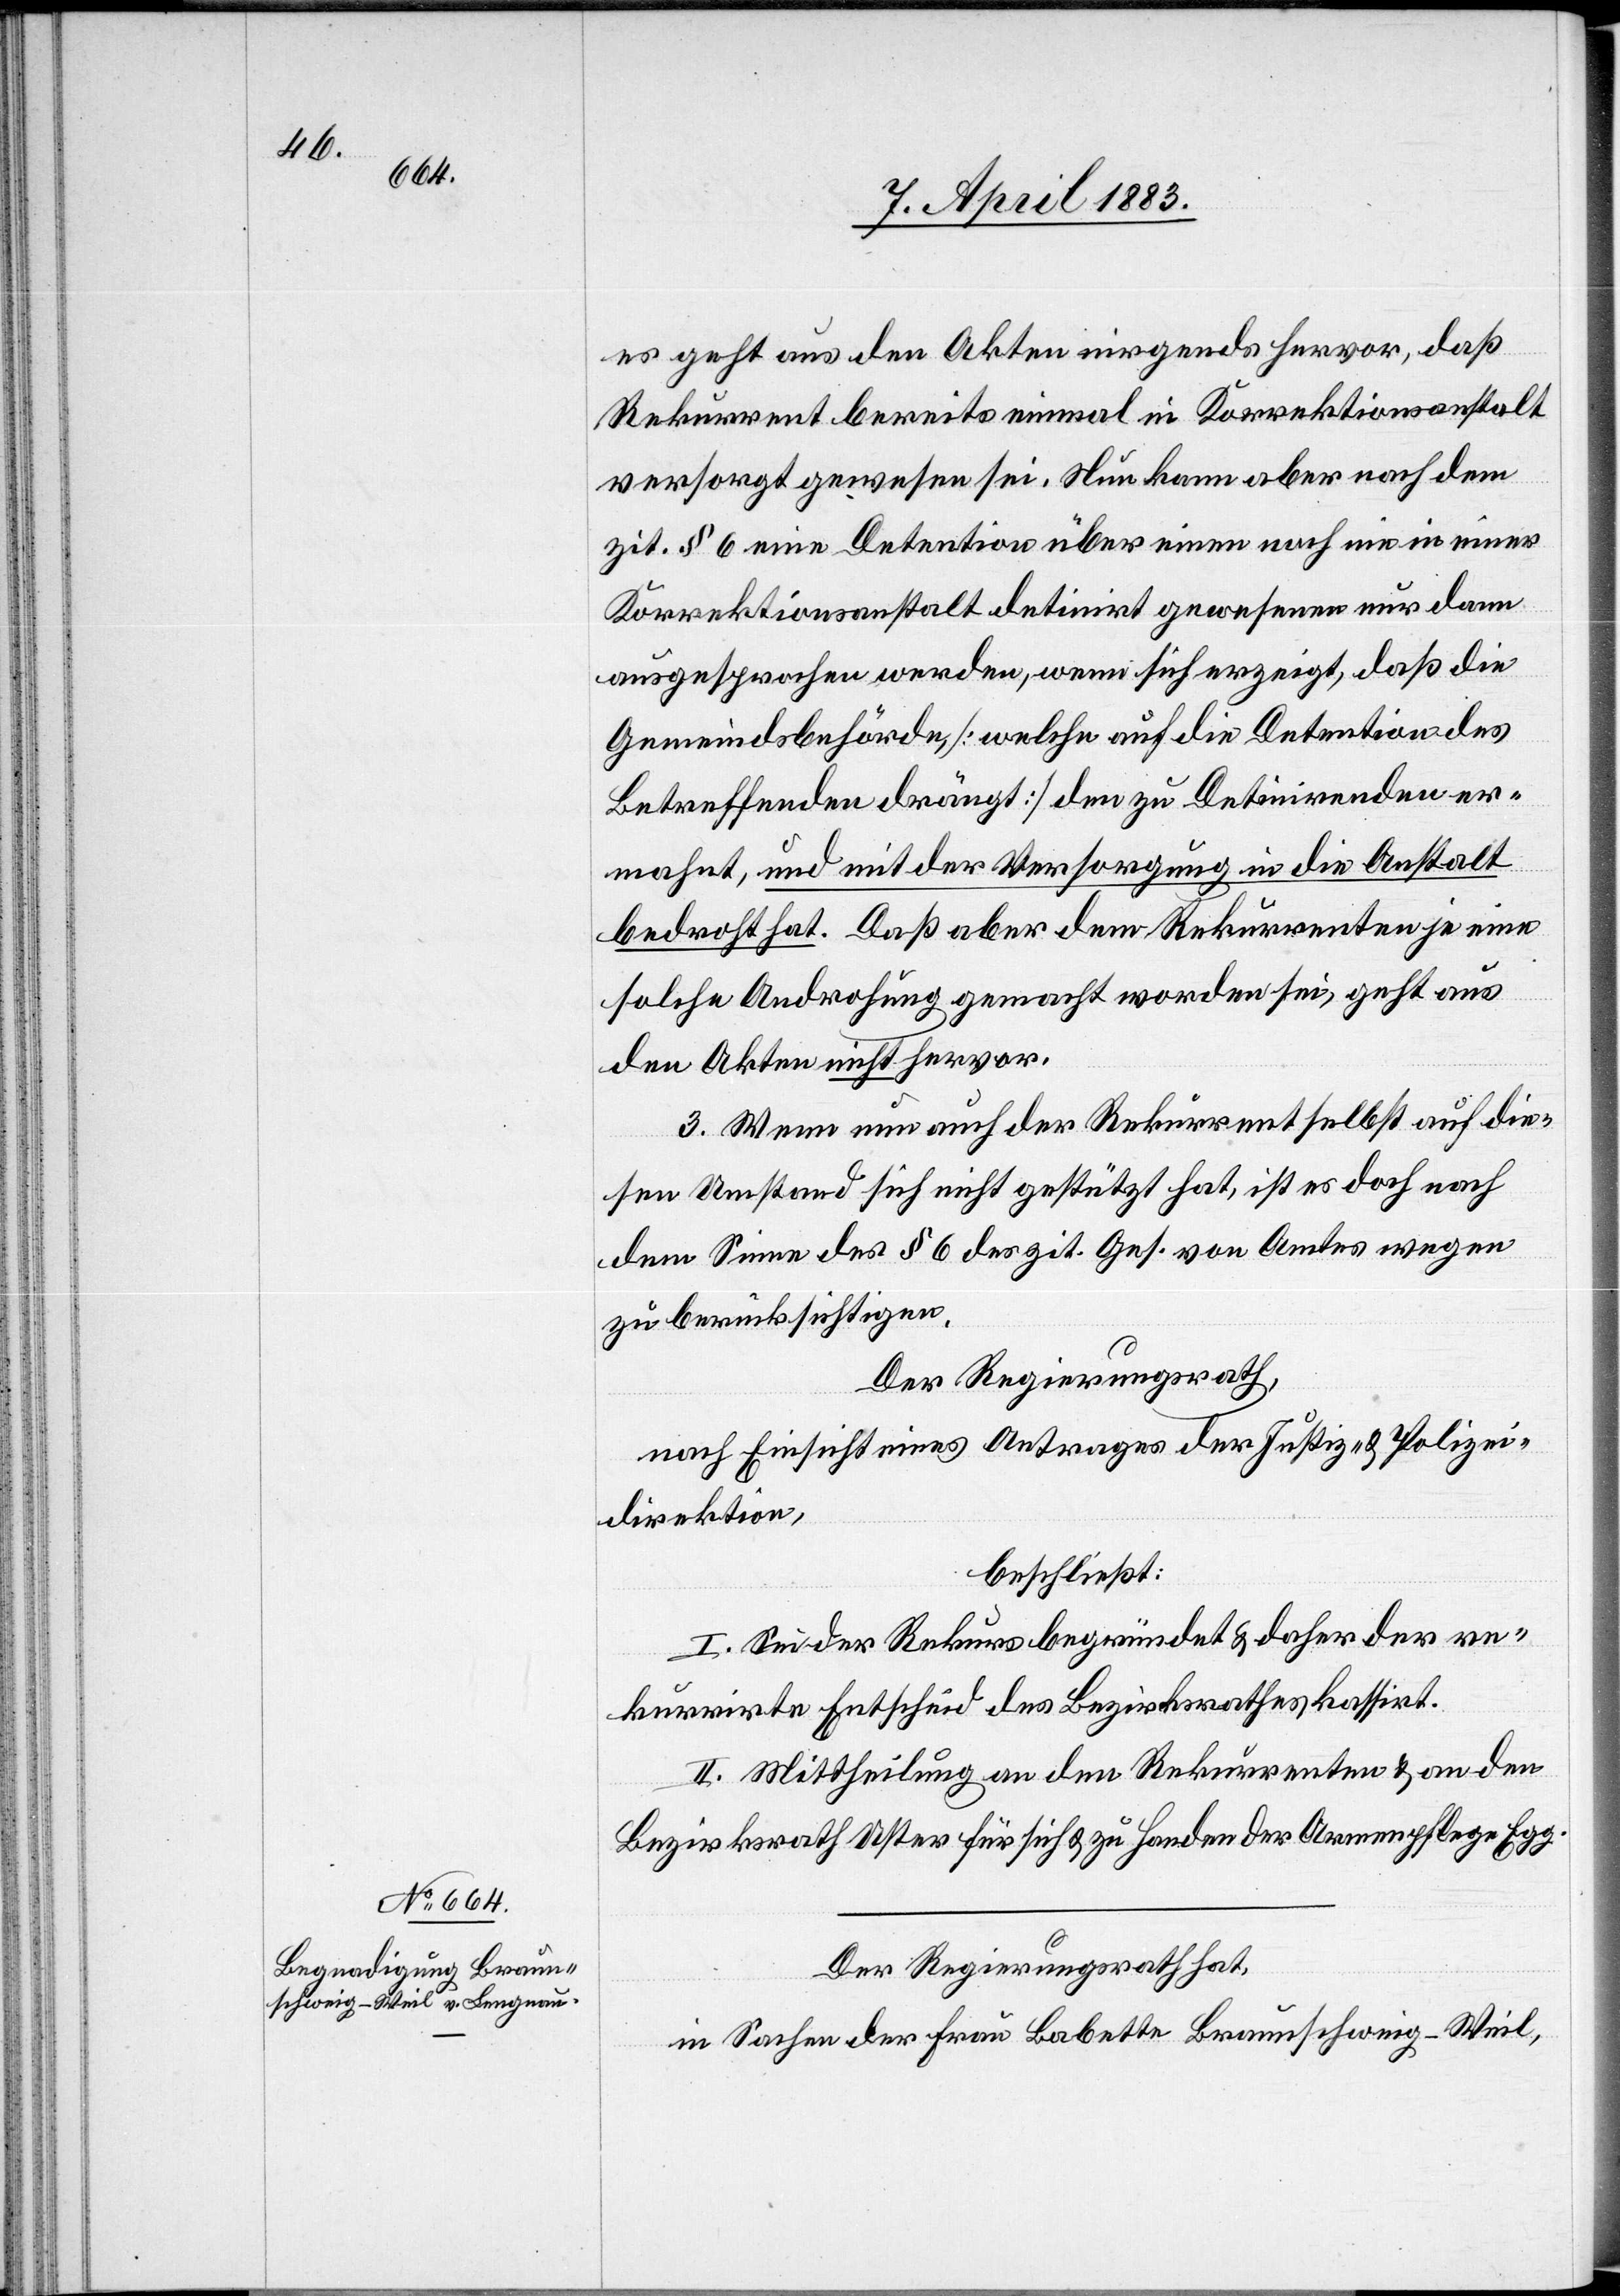
es geht aus den Akten nirgends hervor, daß
Rekurrent bereits einmal in Korrektionsanstalt
versorgt gewesen sei. Nun kann aber nach dem
zit. § 6 eine Detention über einen noch nie in einer
Korrektionsanstalt detinirt gewesenen nur dann
ausgesprochen werden, wenn sich erzeigt, daß die
Gemeindsbehörde, [welche auf die Detention des
Betreffenden drängt] den zu Detinirenden er¬
mahnt, und mit der Versorgung in die Anstalt
bedroht hat. Daß aber dem Rekurrenten je eine
solche Androhung gemacht worden sei, geht aus
den Akten nicht hervor.
3. Wenn nun auch der Rekurrent selbst auf die¬
sen Umstand sich nicht gestützt hat, ist es doch nach
dem Sinne des § 6 des zit. Ges. von Amtes wegen
zu berücksichtigen.
Der Regierungsrath,
nach Einsicht eines Antrages der Justiz- & Polizei¬
direktion,
beschließt:
I. Sei der Rekurs begründet & daher der re¬
kurrirte Entscheid des Bezirksrathes kassirt.
II. Mittheilung an den Rekurrenten & an den
Bezirksrath Uster für sich & zu Handen der Armenpflege Egg.
Der Regierungsrath hat,
in Sachen der Frau Babette Braunschweig-Weil,